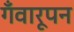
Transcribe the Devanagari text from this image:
गँवारूपन